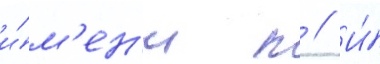
и́м'ен'и п // И́